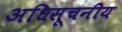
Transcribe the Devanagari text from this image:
अधिसूचनीय